Lock hospitals Punjab
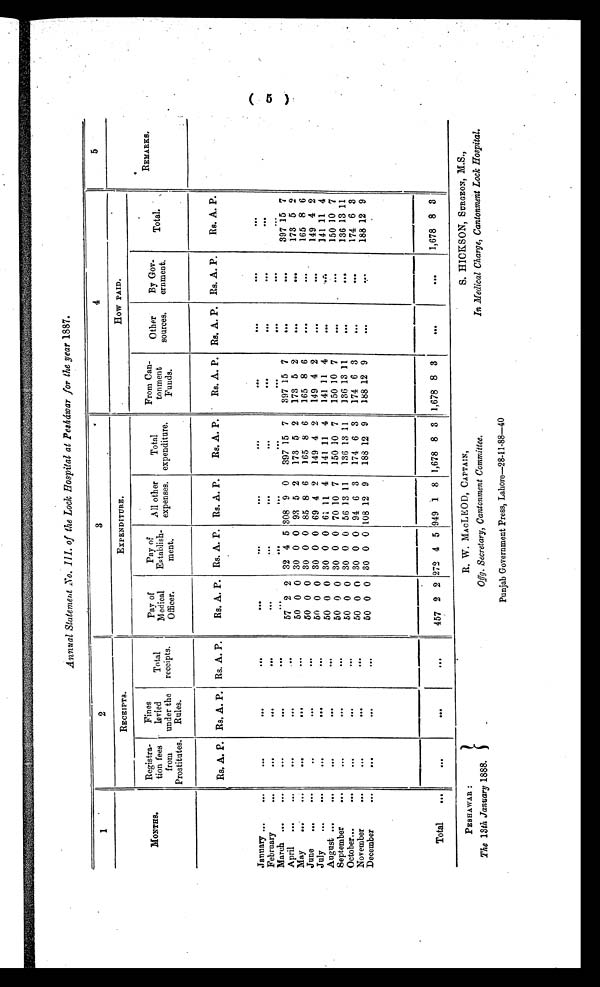
PESHAWAR:
The 18th January 1888.
R. W. MAcLEOD, CAPTAIN,
Offg. Secretary, Cantonment Committee.
Punjab Government Press, Lahore—28-11-88—40
S. HICKSON, SURGEON, M.S.,
In Medical Charge, Cantonment Lock Hospital.
Annual Statement No. III. of the Lock Hospital at Pesháwar for the year 1887.
1
2
3
4
5
MONTHS.
RECEIPTS.
EXPENDITURE.
How PAID.
REMARKS.
R e g i s t r a
tion fees
from
Prostitutes.
Fines
levied
under the
Rules.
Total
receipts.
Pay of
Medical
Officer.
P a y o f
Establish-
ment.
All other
expenses.
Total
expenditure.
From Can-
tonment
Funds.
Other
sources.
By Gov-
ernment.
Total.
Rs. A. P. Rs. A. P. Rs. A. P.
Rs. A. P. Rs. A. P. Rs. A. P.
Rs. A. P.
Rs. A. P. Rs. A. P. Rs. A. P.
Rs. A. P.
January
...
...
...
. . .
...
. . .
...
...
February
...
...
...
...
...
...
...
...
...
...
. . .
March
......
......
......
. . .
...
...
...
......
...
...
. . . . . . . . .
. . .
April
...
...
...
57 2 2 32 4 5 308 9 0 397 15 7
397 15 7
...
...
397 15 7
May
...
...
...
50 0 0 30 0 0 93 5 2
173 5 2
173 5 2
...
...
173 5 2
June
......
...
...
50 0 0 30 0 0 85 8 6
165 8 6
165 8 6
...
...
165 8 6
July
...
...
...
50 0 0 30 0 0 69 4 2
149 4 2
149 4 2
...
...
149 4 2
August
...
...
...
50 0 0 30 0 0 61 11 4
141 11 4
141 11 4
...
.......
141 11 4
September
...
...
...
50 0 0 30 0 0 70 10 7
150 10 7
150 10 7
...
...
150 10 7
October
...
...
...
50 0 0 30 0 0 56 13 11
136 13 11
136 13
1 1
...
... ...
136 13 11
. .
November
...
...
...
50 0 0 30 0 0 94 6 3
174 6 3
174 6 3
...
...
174 6 3
December
.......
...
...
50 0 0 30 0 0 108 12 9
188 12 9
188 12 9
......
...
188 12 9
Total
...
...
...
...
457 2 2 272 4 5
9 4 9 1 8 1,678 8 3 1,678 8 3
...
...
1,678 8 3
(5)